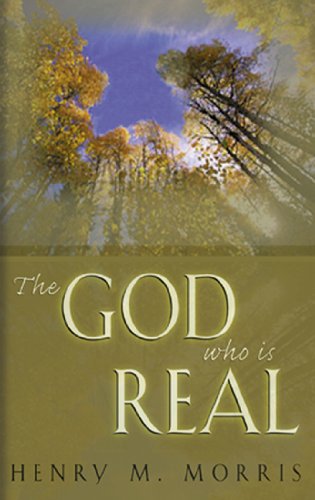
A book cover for The God Who Is Real; Dr. Henry M. Morris; Religion & Spirituality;